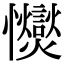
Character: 𢥥